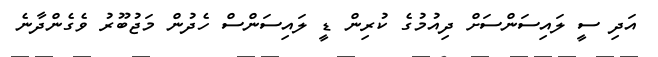
އަދި ސީ ލައިސަންސަށް ދިއުމުގެ ކުރިން ޑީ ލައިސަންސް ހެދުން މަޖުބޫރު ވެގެންދާނެ